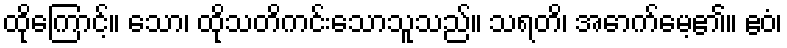
ထိုကြောင့်။ သော၊ ထိုသတိကင်းသောသူသည်။ သရတိ၊ အောက်မေ့၏။ ဧဝံ၊